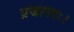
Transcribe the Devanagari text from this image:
प्रजागरः।